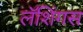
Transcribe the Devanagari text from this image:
लॅशिंगस